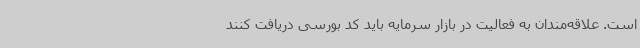
است. علاقه‌مندان به فعالیت در بازار سرمایه باید کد بورسی دریافت کنند